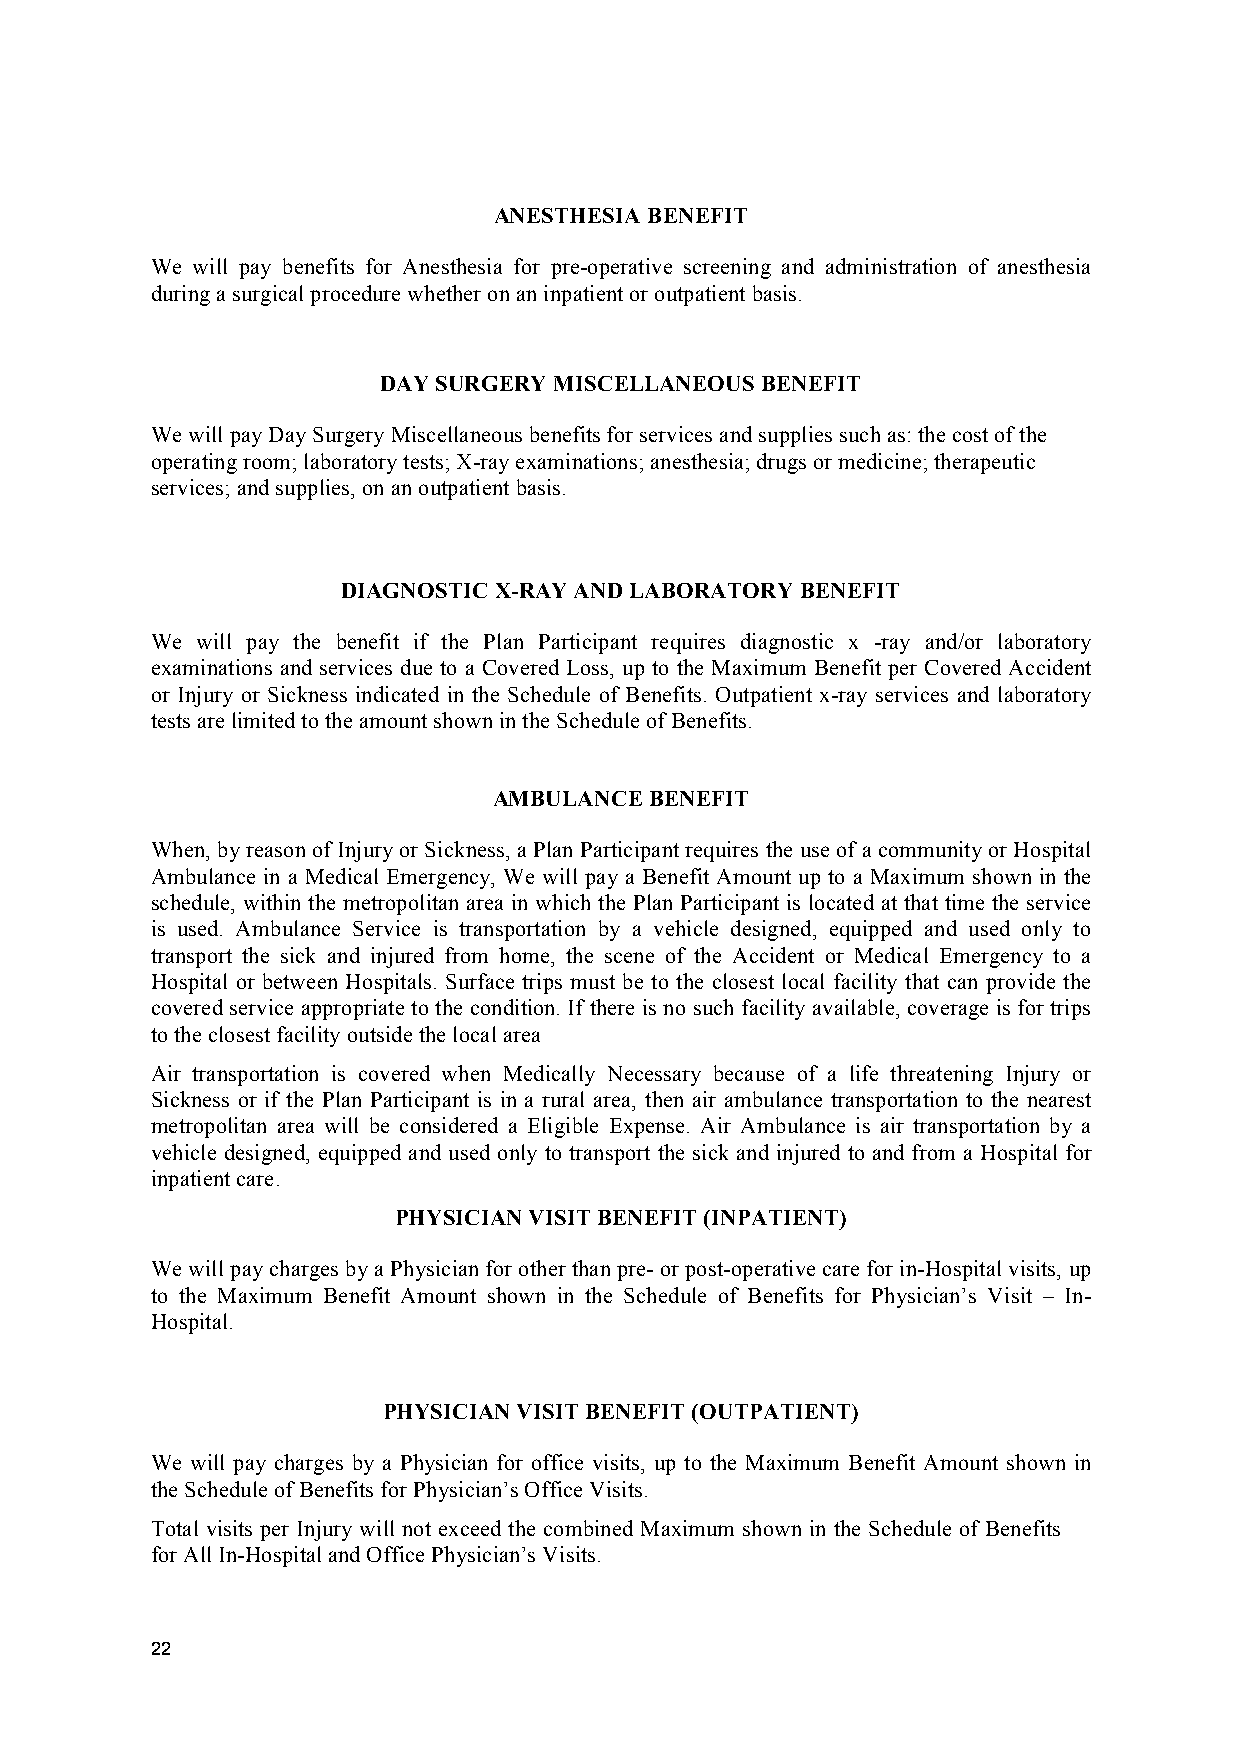
ANESTHESIA BENEFIT
 We will pay benefits for Anesthesia for pre-operative screening and administration of anesthesia
 during a surgical procedure whether on an inpatient or outpatient basis.
 DAY SURGERY MISCELLANEOUS BENEFIT
 We will pay Day Surgery Miscellaneous benefits for services and supplies such as: the cost of the
 operating room; laboratory tests; X-ray examinations; anesthesia; drugs or medicine; therapeutic
 services; and supplies, on an outpatient basis.
 DIAGNOSTIC X-RAY AND LABORATORY BENEFIT
 We will pay the benefit if the Plan Participant requires diagnostic x -ray and/or laboratory
 examinations and services due to a Covered Loss, up to the Maximum Benefit per Covered Accident
 or Injury or Sickness indicated in the Schedule of Benefits. Outpatient x-ray services and laboratory
 tests are limited to the amount shown in the Schedule of Benefits.
 AMBULANCE BENEFIT
 When, by reason of Injury or Sickness, a Plan Participant requires the use of a community or Hospital
 Ambulance in a Medical Emergency, We will pay a Benefit Amount up to a Maximum shown in the
 schedule, within the metropolitan area in which the Plan Participant is located at that time the service
 is used. Ambulance Service is transportation by a vehicle designed, equipped and used only to
 transport the sick and injured from home, the scene of the Accident or Medical Emergency to a
 Hospital or between Hospitals. Surface trips must be to the closest local facility that can provide the
 covered service appropriate to the condition. If there is no such facility available, coverage is for trips
 to the closest facility outside the local area
 Air transportation is covered when Medically Necessary because of a life threatening Injury or
 Sickness or if the Plan Participant is in a rural area, then air ambulance transportation to the nearest
 metropolitan area will be considered a Eligible Expense. Air Ambulance is air transportation by a
 vehicle designed, equipped and used only to transport the sick and injured to and from a Hospital for
 inpatient care.
 PHYSICIAN VISIT BENEFIT (INPATIENT)
 We will pay charges by a Physician for other than pre- or post-operative care for in-Hospital visits, up
 to the Maximum Benefit Amount shown in the Schedule of Benefits for Physician’s Visit – In-
 Hospital.
 PHYSICIAN VISIT BENEFIT (OUTPATIENT)
 We will pay charges by a Physician for office visits, up to the Maximum Benefit Amount shown in
 the Schedule of Benefits for Physician’s Office Visits.
 Total visits per Injury will not exceed the combined Maximum shown in the Schedule of Benefits
 for All In-Hospital and Office Physician’s Visits.
 22